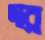
দার